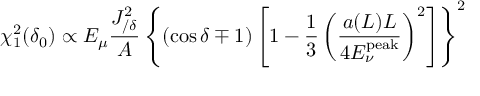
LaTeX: \chi _ { 1 } ^ { 2 } ( \delta _ { 0 } ) \propto E _ { \mu } \frac { J _ { / \delta } ^ { 2 } } { A } \left\{ ( \cos \delta \mp 1 ) \left[ 1 - \frac { 1 } { 3 } \left( \frac { a ( L ) L } { 4 E _ { \nu } ^ { \mathrm { p e a k } } } \right) ^ { 2 } \right] \right\} ^ { 2 }